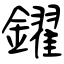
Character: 鑃